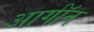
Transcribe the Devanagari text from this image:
आर्गॉन